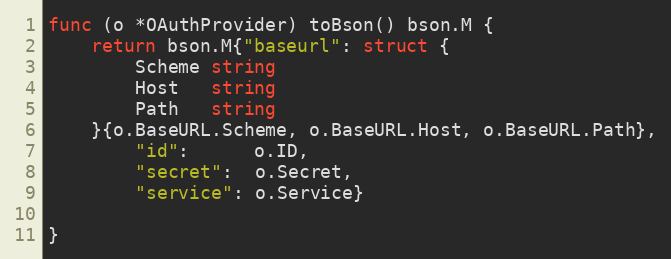
Language: Go
func (o *OAuthProvider) toBson() bson.M {
	return bson.M{"baseurl": struct {
		Scheme string
		Host   string
		Path   string
	}{o.BaseURL.Scheme, o.BaseURL.Host, o.BaseURL.Path},
		"id":      o.ID,
		"secret":  o.Secret,
		"service": o.Service}

}